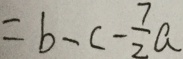
= b - c - \frac { 7 } { 2 } a